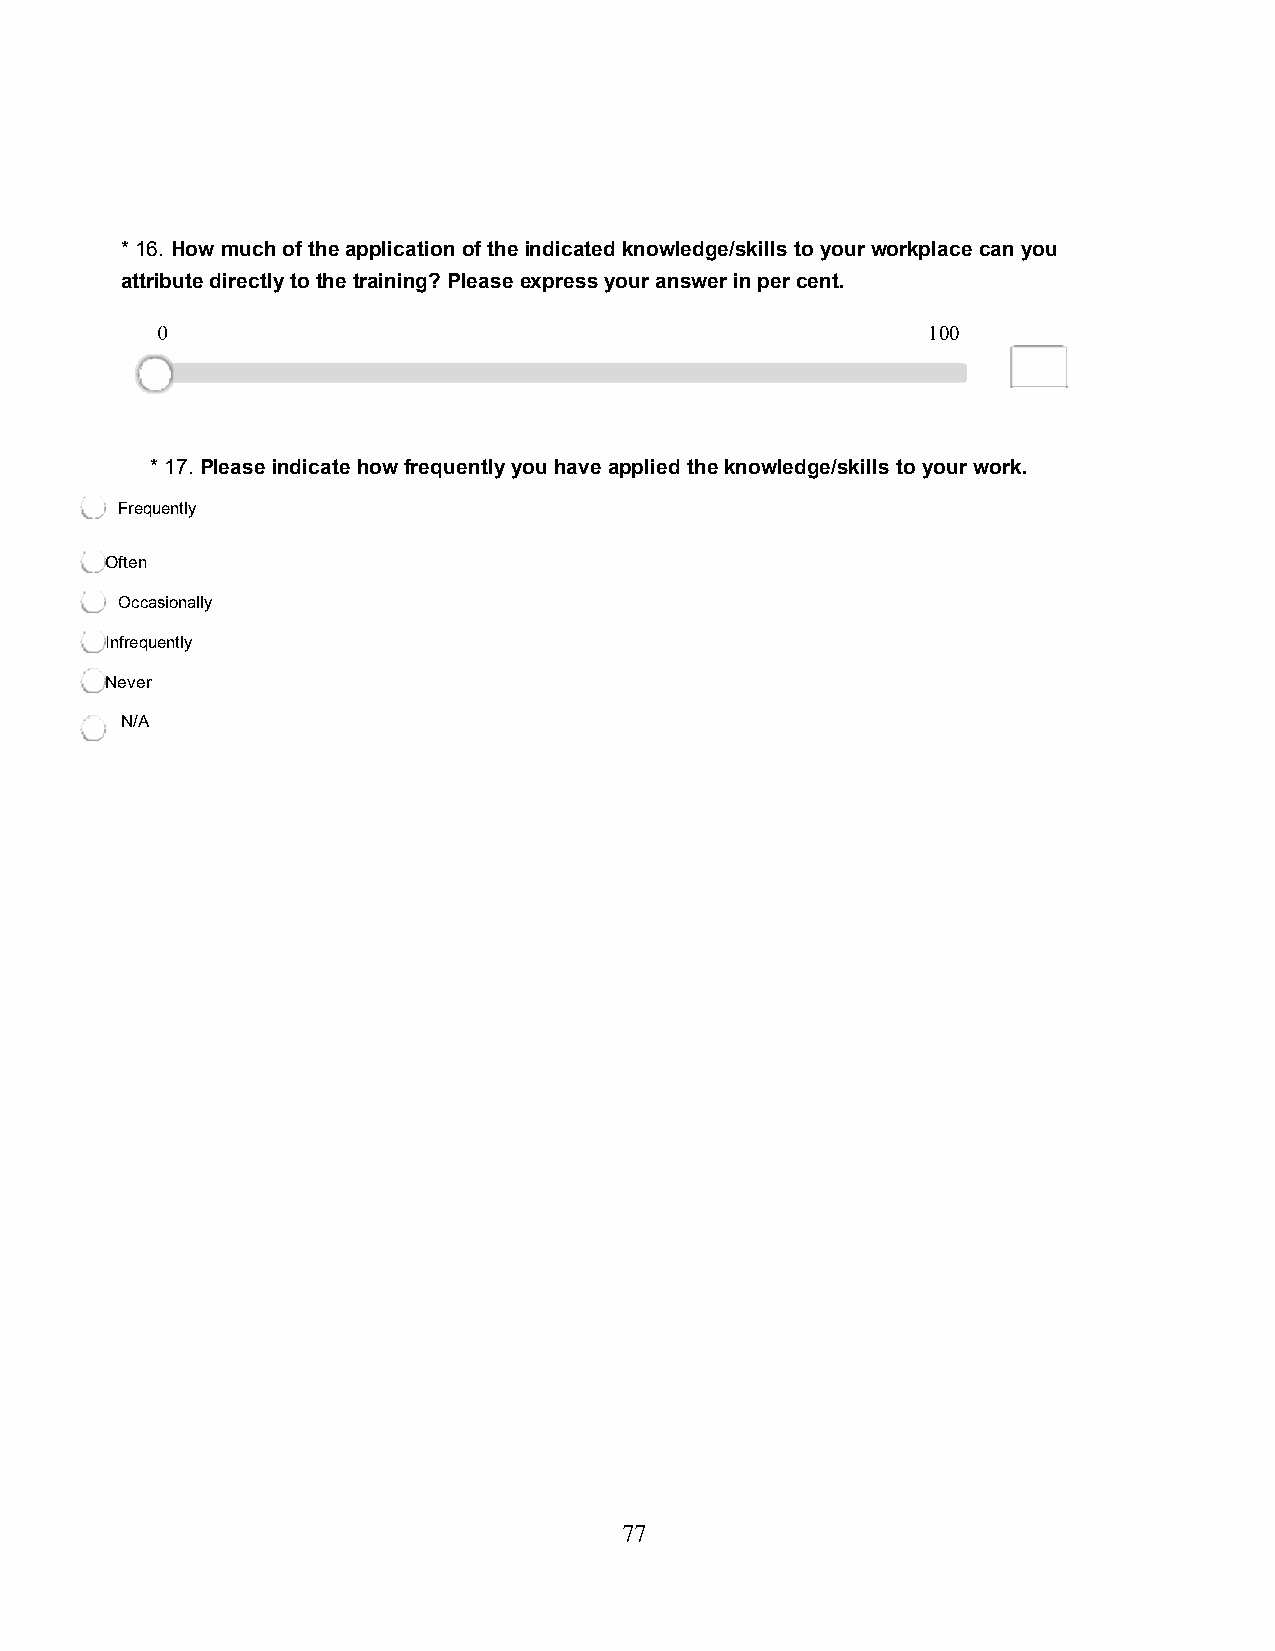
* 16. How much of the application of the indicated knowledge/skills to your workplace can you
 attribute directly to the training? Please express your answer in per cent.
 100
 * 17. Please indicate how frequently you have applied the knowledge/skills to your work.
 Frequently
 Often
 Occasionally
 Infrequently
 Never
 N/A
 77